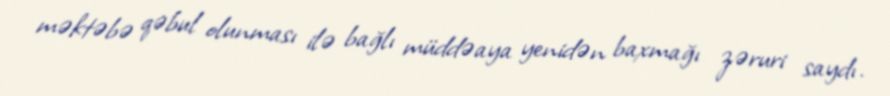
məktəbə qəbul olunması ilə bağlı müddəaya yenidən baxmağı zəruri saydı.